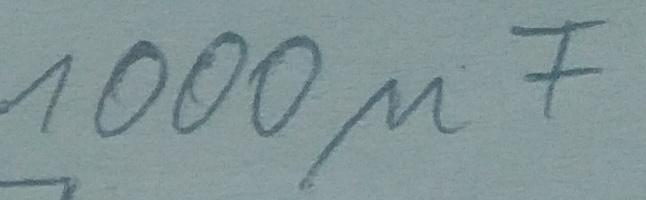
Text: 1000µF